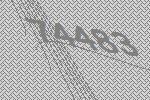
74483